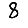
Digit: 8